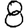
Digit: 8